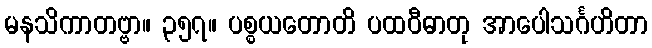
မနသိကာတဗ္ဗာ။ ၃၅၇။ ပစ္စယတောတိ ပထဝီဓာတု အာပေါသင်္ဂဟိတာ